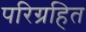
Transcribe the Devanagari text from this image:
परिग्रहित